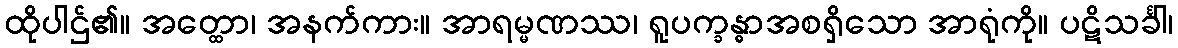
ထိုပါဌ်၏။ အတ္ထော၊ အနက်ကား။ အာရမ္မဏဿ၊ ရူပက္ခန္ဓာအစရှိသော အာရုံကို။ ပဋိသင်္ခါ၊